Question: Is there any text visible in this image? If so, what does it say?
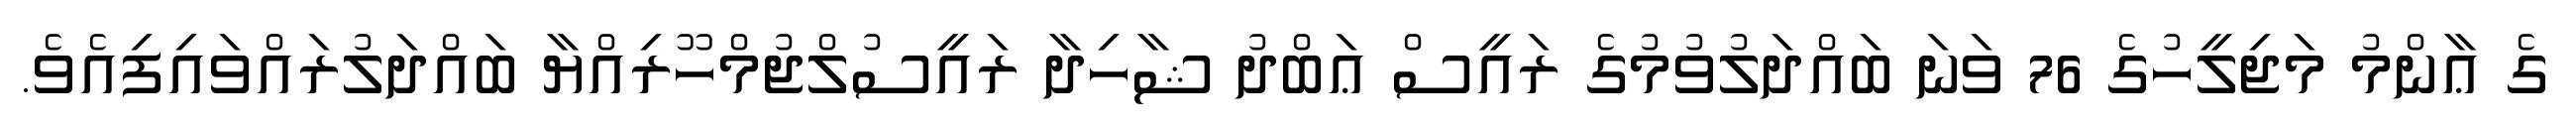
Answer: ގެ ޢާންމު މަޖިލީހުގެ 76 ވަނަ ބައްދަލުވުމުގެ ރައީސް ޢަބްދު ޝާހިދާ ރައީސުލްޖުމްހޫރިއްޔާ ބައްދަލުރައްވައިފިއެވެ.